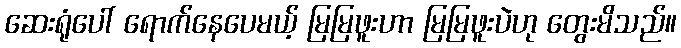
ဆေးရုံပေါ် ရောက်နေပေမယ့် မြမြဖူးဟာ မြမြဖူးပဲဟု တွေးမိသည်။